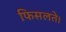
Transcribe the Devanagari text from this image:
फिसलते।